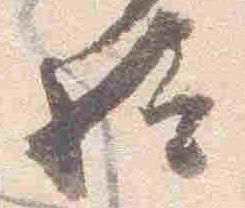
給